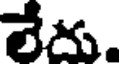
లేదు.